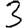
Digit: 3